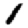
Digit: 1